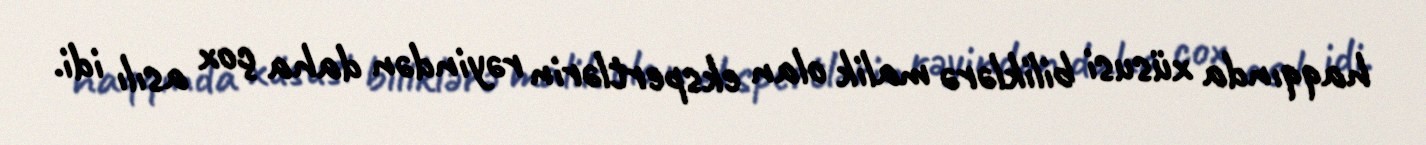
haqqında xüsusi biliklərə malik olan ekspertlərin rəyindən daha çox asılı idi.